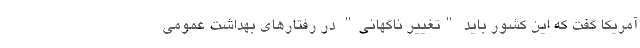
آمریکا گفت که این کشور باید "تغییر ناگهانی" در رفتار‌های بهداشت عمومی